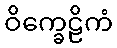
ဝိက္ခေဠိကံ